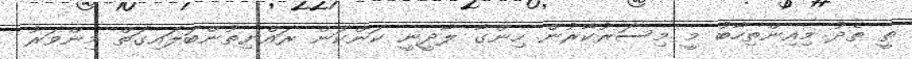
ތީ ތެދު މިއިންތިހާބު މީ މިސަރުކާރުން ހިންގާ ލާދީނީ ކަންކަން ރައްޔިތުންބަލައިގަތް މިންވަރު